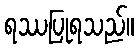
ရဿပြုရသည်။